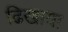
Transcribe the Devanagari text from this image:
ढिखाया